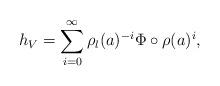
LaTeX: \begin{align*}h_V = \sum_{i=0}^{\infty} \rho_l(a)^{-i} \Phi \circ \rho(a)^{i} ,\end{align*}